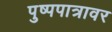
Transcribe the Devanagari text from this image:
पुष्पपात्रावर